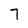
Character: 7